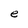
Character: e